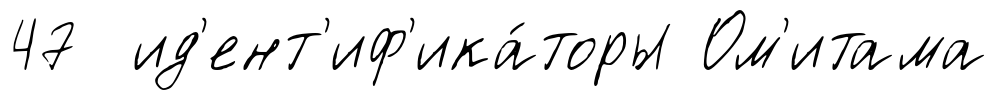
47 ид'ент'иф'ика́торы Ом'итама